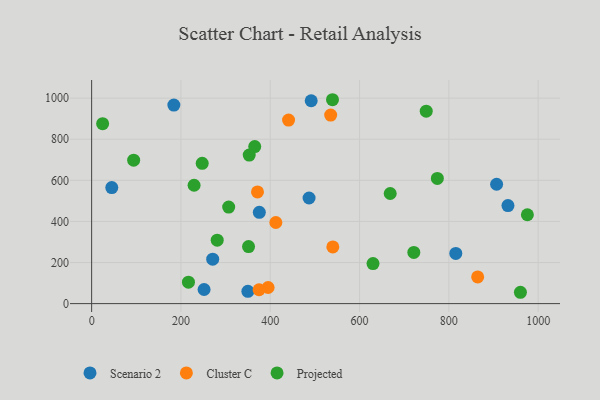
{"axis": {"x": "Ad Spend", "y": "Sales"}, "legend": ["Cluster C", "Projected", "Scenario 2"], "data": [{"x": "271.1", "y": 216.4, "type": "Scenario 2"}, {"x": "184.1", "y": 966.6, "type": "Scenario 2"}, {"x": "251.8", "y": 68.8, "type": "Scenario 2"}, {"x": "906.9", "y": 581.1, "type": "Scenario 2"}, {"x": "45.1", "y": 565.0, "type": "Scenario 2"}, {"x": "491.7", "y": 987.3, "type": "Scenario 2"}, {"x": "349.9", "y": 59.9, "type": "Scenario 2"}, {"x": "932.3", "y": 477.3, "type": "Scenario 2"}, {"x": "486.9", "y": 514.0, "type": "Scenario 2"}, {"x": "375.5", "y": 444.4, "type": "Scenario 2"}, {"x": "815.5", "y": 244.2, "type": "Scenario 2"}, {"x": "371.4", "y": 543.8, "type": "Cluster C"}, {"x": "395.2", "y": 78.4, "type": "Cluster C"}, {"x": "864.5", "y": 130.0, "type": "Cluster C"}, {"x": "540.1", "y": 276.1, "type": "Cluster C"}, {"x": "412.5", "y": 394.7, "type": "Cluster C"}, {"x": "535.3", "y": 917.8, "type": "Cluster C"}, {"x": "441.0", "y": 893.5, "type": "Cluster C"}, {"x": "374.9", "y": 67.4, "type": "Cluster C"}, {"x": "630.1", "y": 194.7, "type": "Projected"}, {"x": "539.4", "y": 992.4, "type": "Projected"}, {"x": "365.2", "y": 764.3, "type": "Projected"}, {"x": "247.6", "y": 682.8, "type": "Projected"}, {"x": "668.6", "y": 536.0, "type": "Projected"}, {"x": "351.4", "y": 277.8, "type": "Projected"}, {"x": "975.8", "y": 432.5, "type": "Projected"}, {"x": "749.3", "y": 936.8, "type": "Projected"}, {"x": "94.1", "y": 698.0, "type": "Projected"}, {"x": "306.9", "y": 470.1, "type": "Projected"}, {"x": "774.2", "y": 609.1, "type": "Projected"}, {"x": "721.5", "y": 249.4, "type": "Projected"}, {"x": "352.9", "y": 723.2, "type": "Projected"}, {"x": "24.6", "y": 876.0, "type": "Projected"}, {"x": "960.2", "y": 55.2, "type": "Projected"}, {"x": "281.2", "y": 308.9, "type": "Projected"}, {"x": "216.8", "y": 104.5, "type": "Projected"}, {"x": "229.4", "y": 576.1, "type": "Projected"}]}